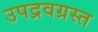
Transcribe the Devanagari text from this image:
उपद्रवग्रस्त